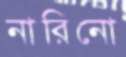
নারিনো